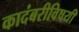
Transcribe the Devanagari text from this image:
कादंबरीविषयी